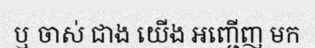
ឬ ចាស់ ជាង យើង អញ្ជើញ មក